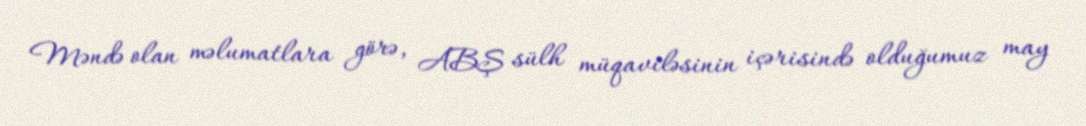
Məndə olan məlumatlara görə, ABŞ sülh müqaviləsinin içərisində olduğumuz may